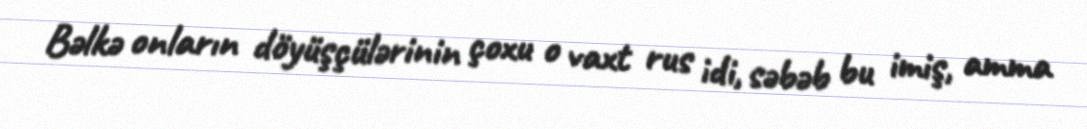
Bəlkə onların döyüşçülərinin çoxu o vaxt rus idi, səbəb bu imiş, amma